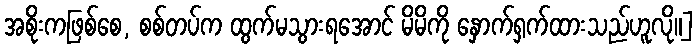
အစိုးကဖြစ်စေ, စစ်တပ်က ထွက်မသွားရအောင် မိမိကို နှောက်ရှက်ထားသည်ဟူလို။]